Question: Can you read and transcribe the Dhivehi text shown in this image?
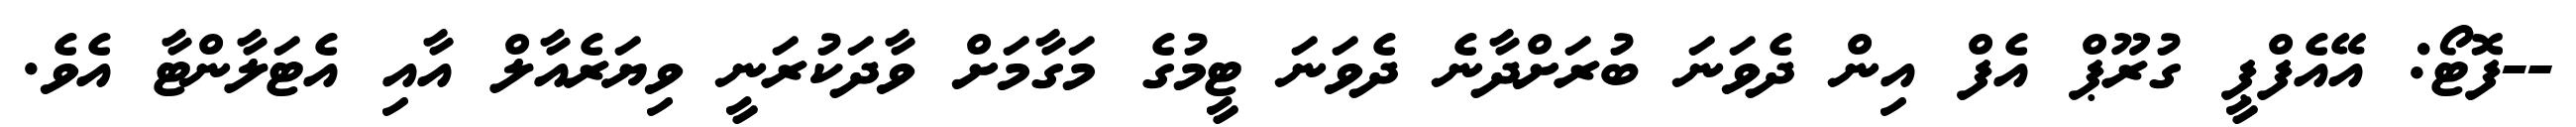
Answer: --ފޮޓޯ: އޭއެފްޕީ ގުރޫޕް އެފް އިން ދެވަނަ ބުރަށްދާނެ ދެވަނަ ޓީމުގެ މަގާމަށް ވާދަކުރަނީ ވިޔަރެއާލް އާއި އެޓަލާންޓާ އެވެ.